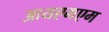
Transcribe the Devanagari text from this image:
आयएमएम